Sanitation, dispensaries and jails vaccination Rajputana 1922-1927 - 1922-1927
Year: 1922
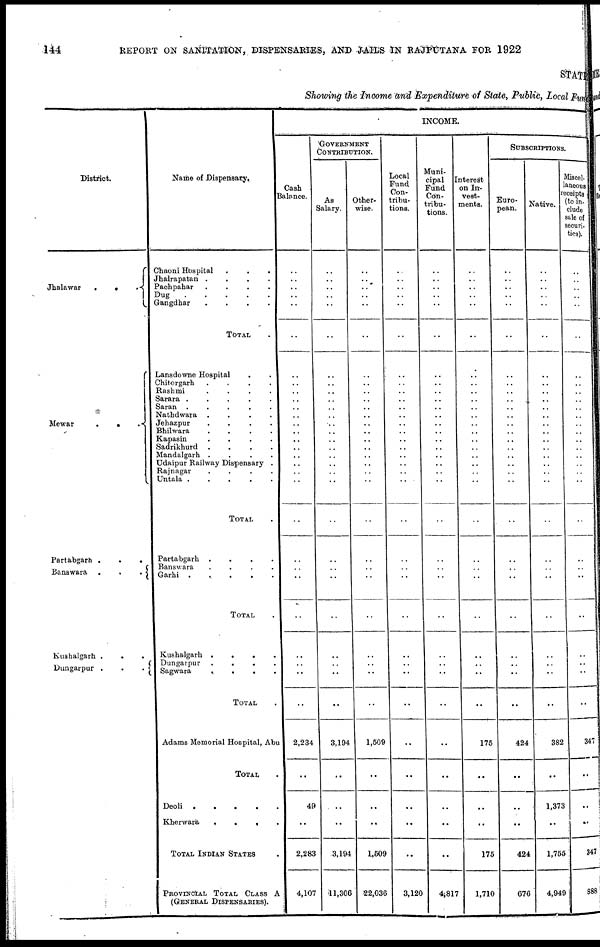
144
REPORT ON SANITATION, DISPENSARIES, AND JAILS IN RAJPUTANA FOR 1922
STATE
Showing the Income and Expenditure of State, Public, Local Fun
District.
Jhalawar
.
.
.
Mewar
.
.
.
Partabgarh .
.
.
Banswara .
.
.
Kushalgarh .
.
Dungarpur .
.
.
Name of Dispensary.
Chaoni Hospital . . .
Jhalrapatan .
.
.
.
Pachpahar
.
.
.
.
Dug
.
.
.
.
.
Gangdhar
.
.
.
.
TOTAL .
Lansdowne Hospital
. .
Chitorgarh
.
.
.
.
Rashmi
.
.
.
.
Sarara .
.
.
.
.
Saran .
.
.
.
.
Nathdwara .
.
.
.
Jehazpur
.
.
.
.
Bhilwara
.
.
.
.
Kapasin
.
.
.
.
Sadrikhurd .
.
.
.
Mandalgarh .
.
.
.
Udaipur Railway Dispensary .
Rajnagar
.
.
.
.
Untala .
.
.
.
.
TOTAL .
Partabgarh .
.
.
.
Banswara
.
.
.
.
Garhi .
. .
.
.
.
TOTAL .
Kushalgarh .
.
.
.
Dungarpur .
.
.
.
Sagwara
.
.
.
.
TOTAL .
Adams Memorial Hospital, Abu
TOTAL .
Deoli .
.
.
.
.
Kherwara
.
.
.
.
TOTAL INDIAN STATES .
PROVINCIAL TOTAL CLASS A
(GENERAL DISPENSARIES).
INCOME.
Cash
Balance.
..
..
..
..
..
..
..
..
..
..
..
..
..
..
..
..
..
..
..
..
..
..
..
..
..
..
..
..
..
2,234
..
49
..
2,283
4,107
GOVERNMENT
CONTRIBUTION.
As
Salary.
..
..
..
..
..
..
..
..
..
..
..
..
..
..
..
..
..
..
..
..
..
..
..
..
..
..
..
..
..
3,194
..
..
..
3,194
11,306
Other-
wise.
..
..
..
..
..
..
..
..
..
..
..
..
..
..
..
..
..
..
..
..
..
..
..
..
..
..
..
..
..
1,509
..
..
..
1,509
22,036
Local
Fund
Con¬
tribu¬
tions.
..
..
..
..
..
..
..
..
..
..
..
..
..
..
..
..
..
..
..
..
..
..
..
..
..
..
..
..
..
..
..
..
..
..
3,120
Muni-
cipal
Fund
Con-
tribu-
tions.
..
..
..
..
..
..
..
..
..
..
..
..
..
..
..
..
..
..
..
..
..
..
..
..
..
..
..
..
..
..
..
..
..
..
4,817
Interest
on In-
vest-
ments.
..
..
..
..
..
..
..
..
..
..
..
..
..
..
..
..
..
..
..
..
..
..
..
..
..
..
..
..
..
175
..
..
..
175
1,710
SUBSCRIPTIONS.
Euro-
pean.
..
..
..
..
..
..
..
..
..
..
..
..
..
.. ..
..
..
..
..
..
..
..
..
..
..
..
..
..
..
424
..
..
..
424
676
Native.
..
..
..
..
..
..
..
..
..
..
..
..
..
..
..
..
..
..
..
..
..
..
..
..
..
..
..
..
..
382
..
1,373
..
1,755
4,949
Miscel-
laneous
receipts
(to in¬
clude
s
securi¬
ties).
..
..
..
..
..
..
..
..
..
..
..
..
..
..
..
..
..
..
..
..
..
..
..
..
..
..
..
..
..
347
..
..
..
347
888